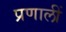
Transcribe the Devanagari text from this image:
प्रणालीं